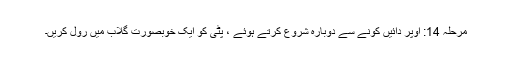
مرحلہ 14: اوپر دائیں کونے سے دوبارہ شروع کرتے ہوئے ، پٹی کو ایک خوبصورت گلاب میں رول کریں۔